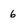
Character: 6